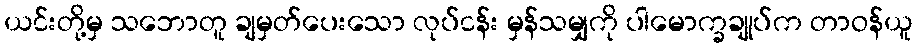
ယင်းတို့မှ သဘောတူ ချမှတ်ပေးသော လုပ်ငန်း မှန်သမျှကို ပါမောက္ခချုပ်က တာဝန်ယူ